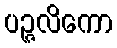
ပဉ္ဇလိကော